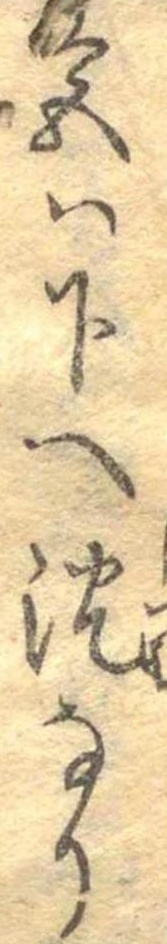
色は下へ沈なり